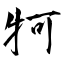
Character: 牱